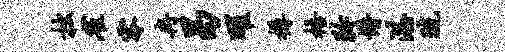
拙雀零冉曷曜樽梧矜懵湛琉